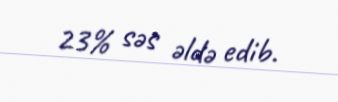
23% səs əldə edib.